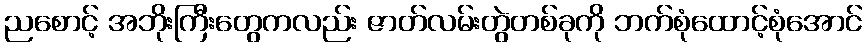
ညစောင့် အဘိုးကြီးတွေကလည်း ဇာတ်လမ်းတွဲတစ်ခုကို ဘက်စုံထောင့်စုံအောင်